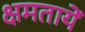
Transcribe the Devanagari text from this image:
क्षमतायें